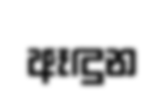
ඈඳුන